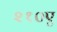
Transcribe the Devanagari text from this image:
२१०ए